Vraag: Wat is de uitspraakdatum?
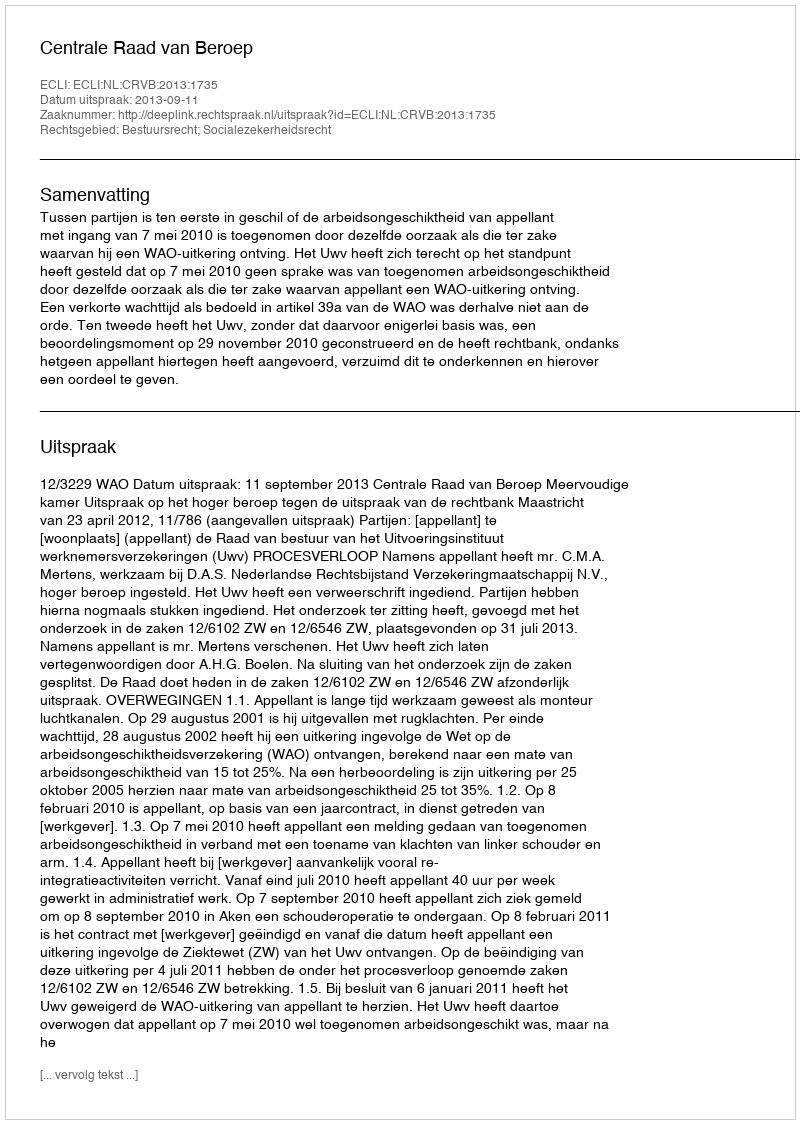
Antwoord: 2013-09-11